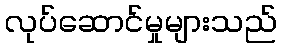
လုပ်ဆောင်မှုများသည်